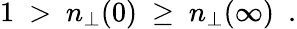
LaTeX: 1\ >\ n_{\perp}(0)\ \ge\ n_{\perp}(\infty)\ \ .